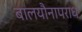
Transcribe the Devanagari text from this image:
बालयौनापराध